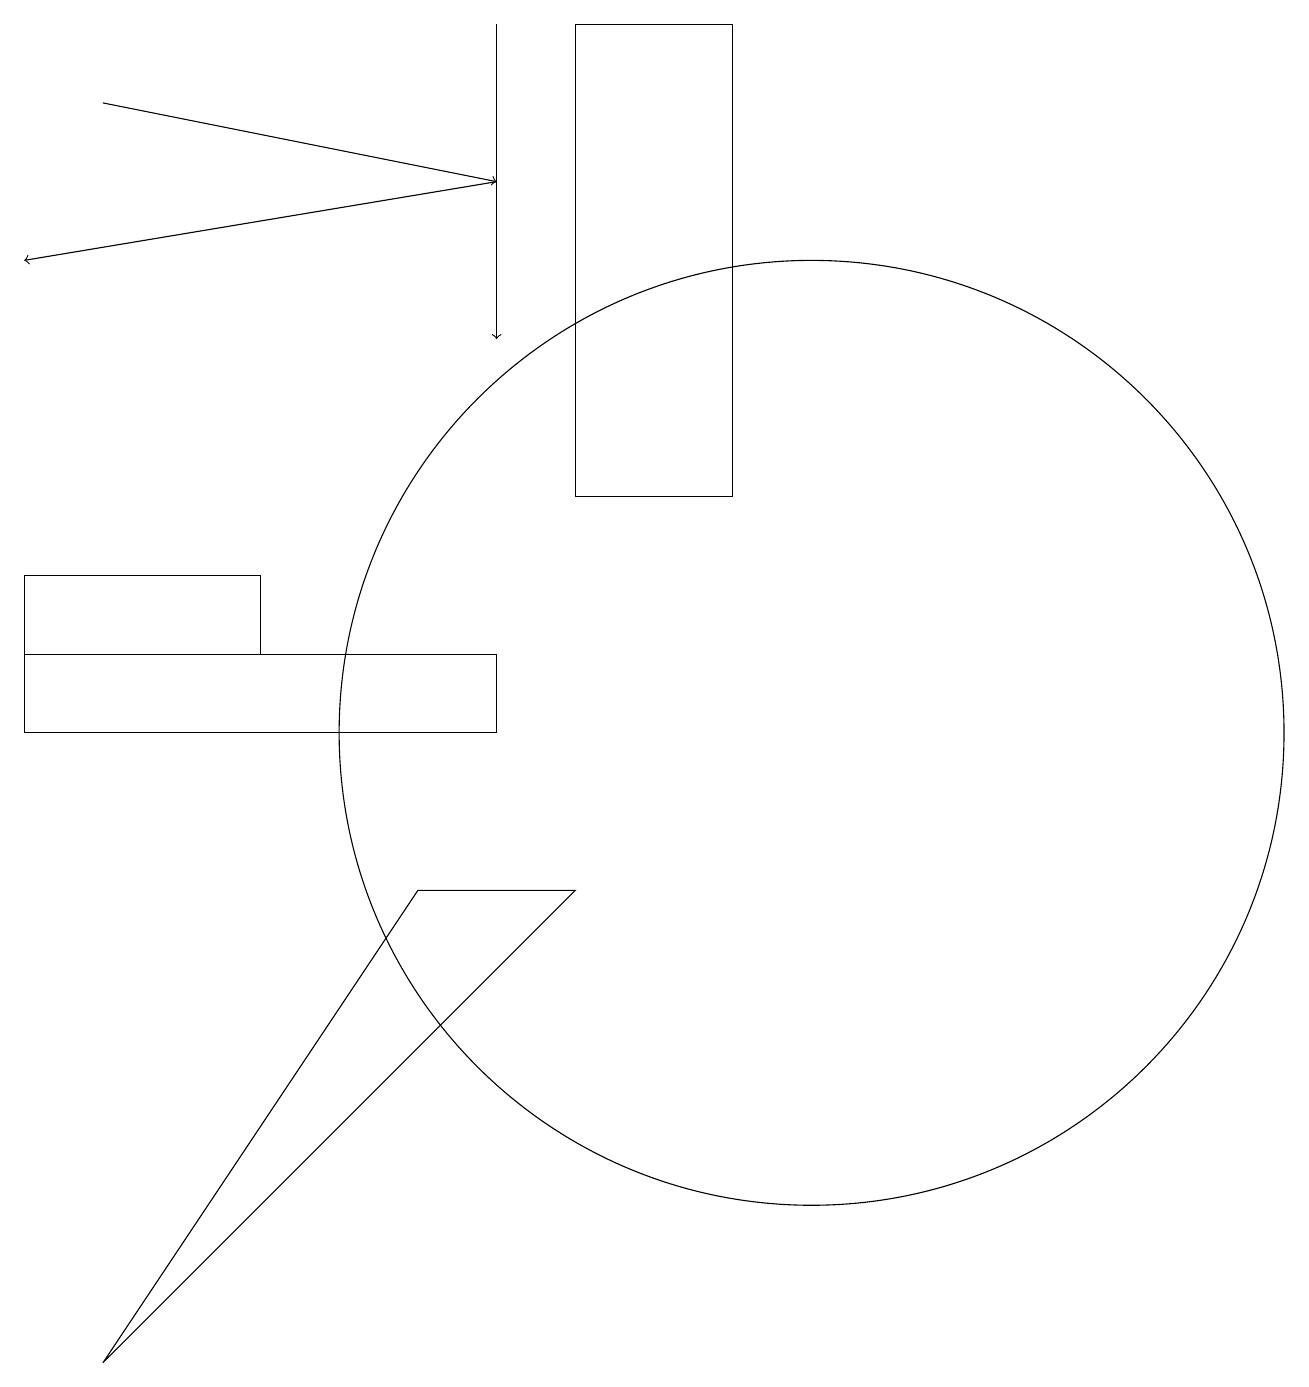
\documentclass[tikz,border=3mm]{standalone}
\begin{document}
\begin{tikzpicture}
\draw (0,11) rectangle (3,12);
\draw (0,10) rectangle (6,11);
\draw (5,8) -- (1,2) -- (7,8) -- cycle;
\draw (10,10) circle (6);
\draw[->] (1,18) -- (6,17);
\draw[->] (6,19) -- (6,15);
\draw (7,13) rectangle (9,19);
\draw[->] (6,17) -- (0,16);
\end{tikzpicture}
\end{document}